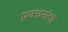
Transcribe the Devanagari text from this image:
प्रवचनांचा